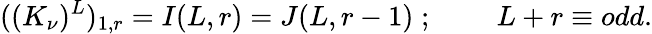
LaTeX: ((K_{\nu})^{L})_{1,r}=I(L,r)=J(L,r-1)\; ;\; \; \; \; \; \; \; \; L+r\equiv odd.